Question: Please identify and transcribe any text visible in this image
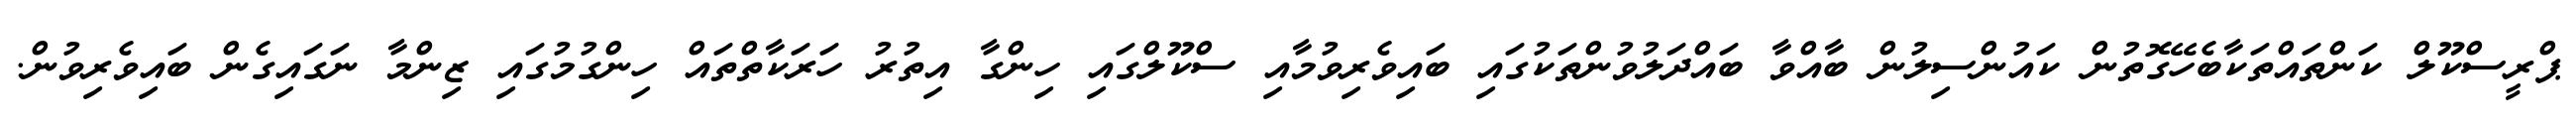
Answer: ޕްރީސްކޫލް ކަންތައްތަކާބެހޭގޮތުން ކައުންސިލުން ބާއްވާ ބައްދަލުވުންތަކުގައި ބައިވެރިވުމާއި ސްކޫލްގައި ހިންގާ އިތުރު ހަރަކާތްތައް ހިންގުމުގައި ޒިންމާ ނަގައިގެން ބައިވެރިވުން.